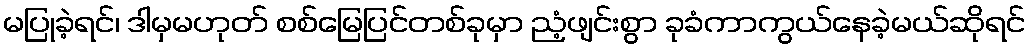
မပြုခဲ့ရင်၊ ဒါမှမဟုတ် စစ်မြေပြင်တစ်ခုမှာ ညံ့ဖျင်းစွာ ခုခံကာကွယ်နေခဲ့မယ်ဆိုရင်